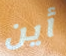
أين